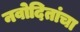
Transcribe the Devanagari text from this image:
नवोदितांचा